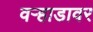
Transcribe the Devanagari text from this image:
वऱ्हाडावर